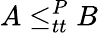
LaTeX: A\leq_{tt}^{P}B